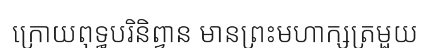
ក្រោយពុទ្ធបរិនិព្វាន មានព្រះមហាក្សត្រមួយ